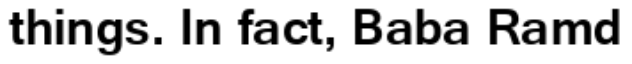
things. In fact, Baba Ramd